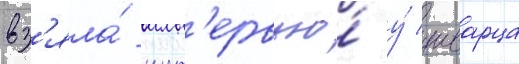
вз'яла́ инт'ервью́ у́ шварца